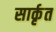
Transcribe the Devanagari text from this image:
सार्कृत